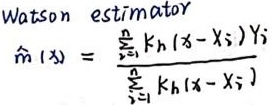
Watson estimator
\[
\hat{m}(x)=\frac{\sum_{i = 1}^{n}K_h(x - X_i)Y_i}{\sum_{i = 1}^{n}K_h(x - X_i)}
\]